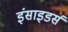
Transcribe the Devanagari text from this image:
इंसाइडर्स